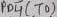
Text: PB4